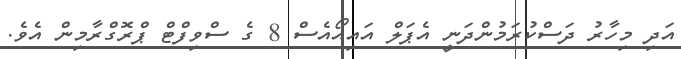
އަދި މިހާރު ދަސްކުރަމުންދަނިީ އެޕަލް އައިއޯއެސް 8 ގެ ސްވިފްޓް ޕްރޮގްރާމިން އެވެ.